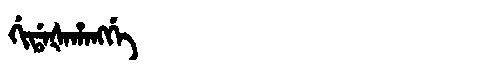
Manchu: ᡤᡳᡩᠠᡧᠠᡥᠠᠩᡤᡝ
Romanization: GIDAŠAHANGGE